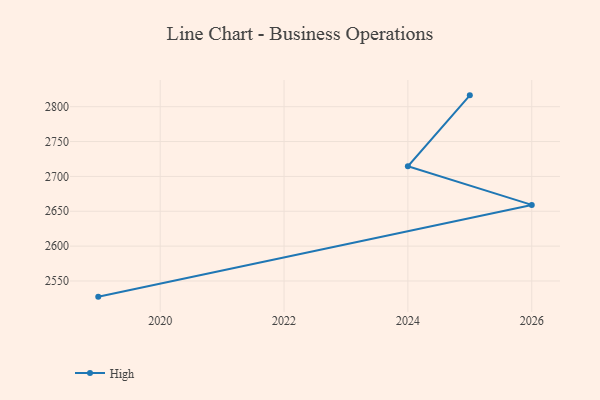
{"axis": {"x": "Year", "y": "Waste Production (Tons)"}, "legend": ["High"], "data": [{"x": "2019", "y": 2527.5, "type": "High"}, {"x": "2026", "y": 2659.1, "type": "High"}, {"x": "2024", "y": 2714.6, "type": "High"}, {"x": "2025", "y": 2816.3, "type": "High"}]}